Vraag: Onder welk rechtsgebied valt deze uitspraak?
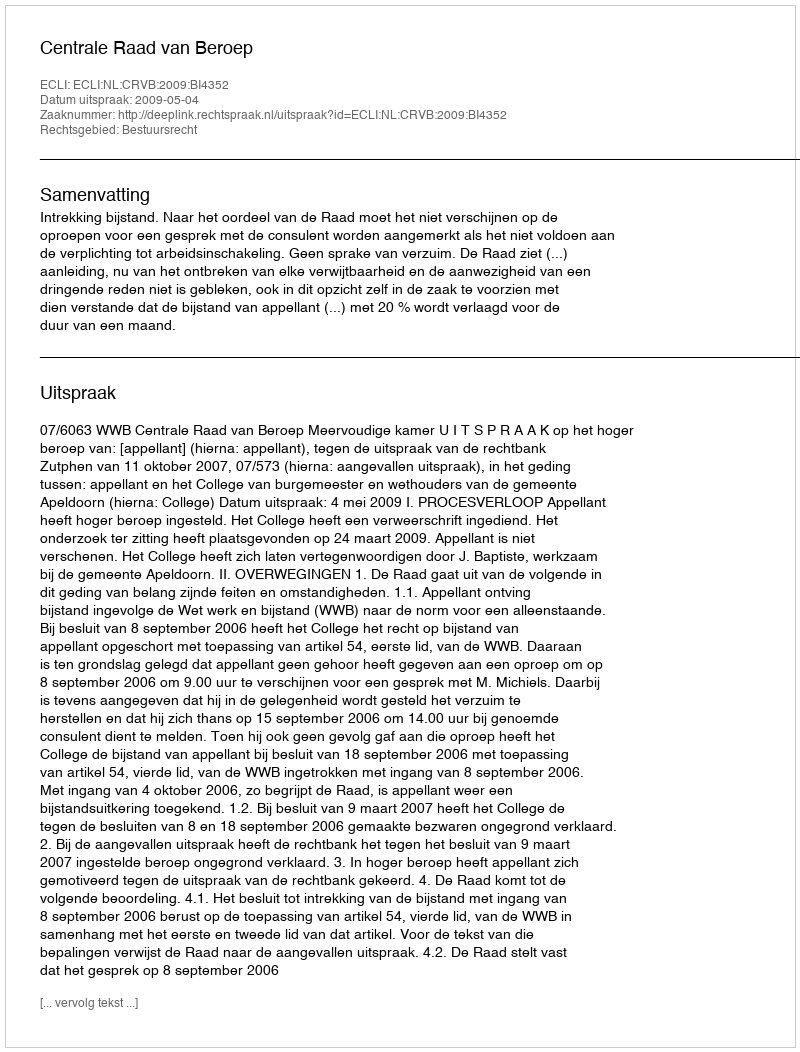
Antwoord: Bestuursrecht